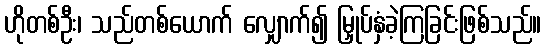
ဟိုတစ်ဦး၊ သည်တစ်ယောက် လျှောက်၍ မြှုပ်နှံခဲ့ကြခြင်းဖြစ်သည်။